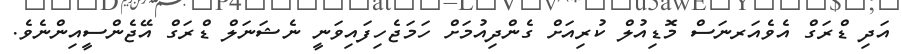
އަދި ޑްރަގް އެވެއަރނަސް މޮޑިއުލް ކުރިއަށް ގެންދިއުމަށް ހަމަޖެހިފައިވަނީ ނެޝަނަލް ޑްރަގް އޭޖެންސީއިންނެވެ.